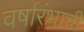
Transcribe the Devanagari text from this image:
वर्षारंभाची